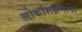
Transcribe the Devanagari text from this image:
लोकशिक्षणाचा